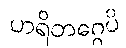
ဟရိတဂ္ဂေပိ